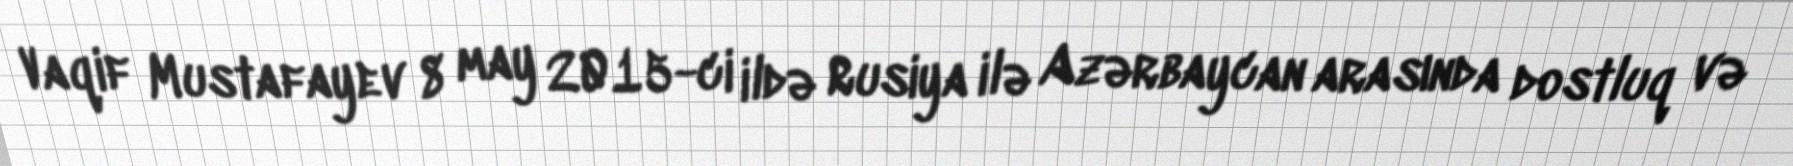
Vaqif Mustafayev 8 may 2015-ci ildə Rusiya ilə Azərbaycan arasında dostluq və